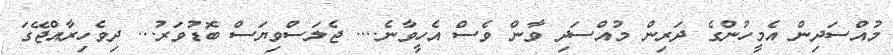
މުއްސަދިން އެމީހުންގެ ދަރިން މުއްސަދި ވާން ވެސް އެހީވާނެ.... ޖެލަސްވިޔަސް ބޮޑުވަރު... ދިވެހިރާއްޖޭގަ